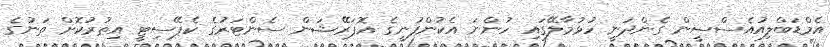
އެމްޑަބްލިއުއެސްސީން ގެންދަނީ ހުޅުމާލޭގައި ހުންނަ އެކުންފުނީގެ އޮޕަރޭޝަން ސެންޓަރުގެ ކެޕޭސިޓީ އިތުރުކޮށް ތަނުގެ